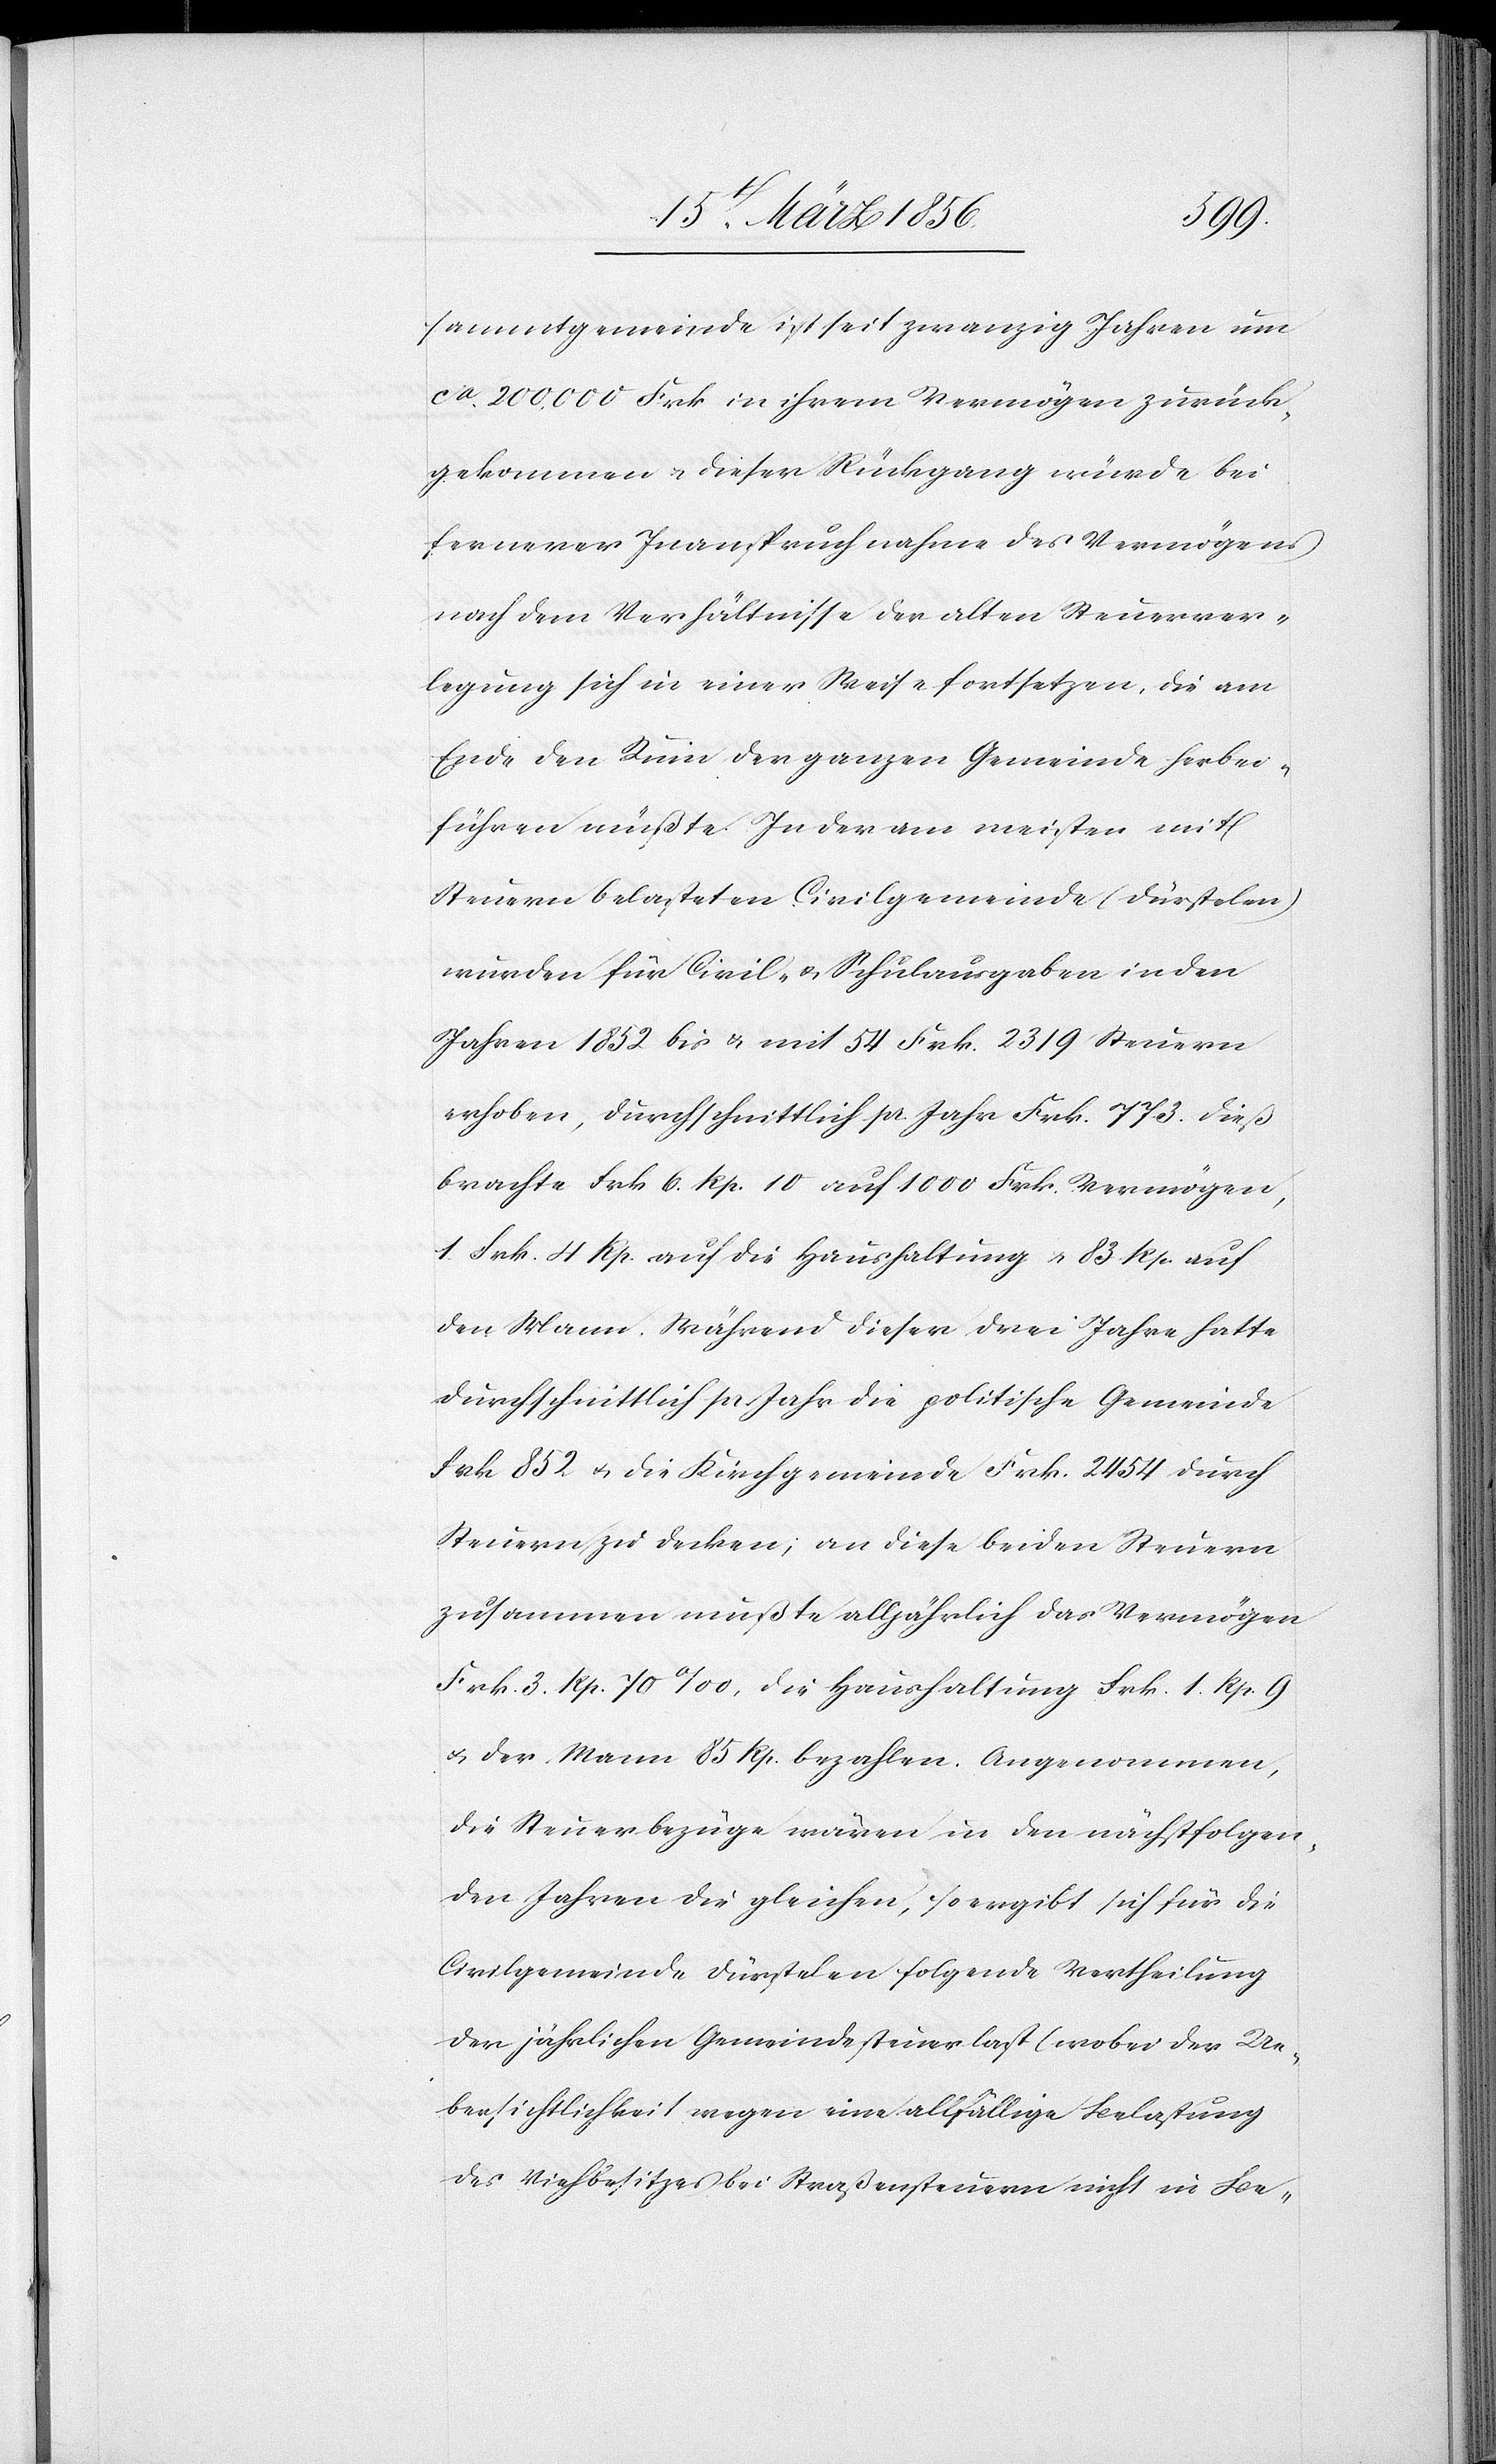
sammtgemeinde ist seit zwanzig Jahren um
ca. 200,000 Frk in ihrem Vermögen zurück¬
gekommen u. dieser Rückgang würde bei
fernerer Inanspruchnahme des Vermögens
nach dem Verhältnisse der alten Steuerver¬
legung sich in einer Weise fortsetzen, die am
Ende den Ruin der ganzen Gemeinde herbei¬
führen müßte. In der am meisten mit
Steuern belasteten Civilgemeinde (Dürstelen)
wurden für Civil- & Schulausgaben in den
Jahren 1852 bis & mit 54 Frk. 2319 Steuern
erhoben, durchschnittlich pr. Jahr Frk. 773. Dieß
brachte Frk 6. Rp. 10 auf 1000 Frk. Vermögen,
1 Frk. 4 Rp. auf die Haushaltung & 83 Rp. auf
den Mann. Während dieser drei Jahre hatte
durchschnittlich pr Jahr die politische Gemeinde
Frk 852 u. die Kirchgemeinde Frk. 2454 durch
Steuern zu decken; an diese beiden Steuern
zusammen mußte alljährlich das Vermögen
Frk. 3. Rp. 70 ‰, die Haushaltung Frk. 1. Rp. 9
u. der Mann 85 Rp. bezahlen. Angenommen,
die Steuerbezüge wären in den nächstfolgen¬
den Jahren die gleichen, so ergibt sich für die
Civilgemeinde Dürstelen folgende Vertheilung
der jährlichen Gemeindesteuerlast (wobei der Ue¬
bersichtlichkeit wegen eine allfällige Belastung
des Viehbesitzes bei Straßensteuern nicht in Be-